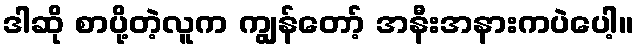
ဒါဆို စာပို့တဲ့လူက ကျွန်တော့် အနီးအနားကပဲပေါ့။